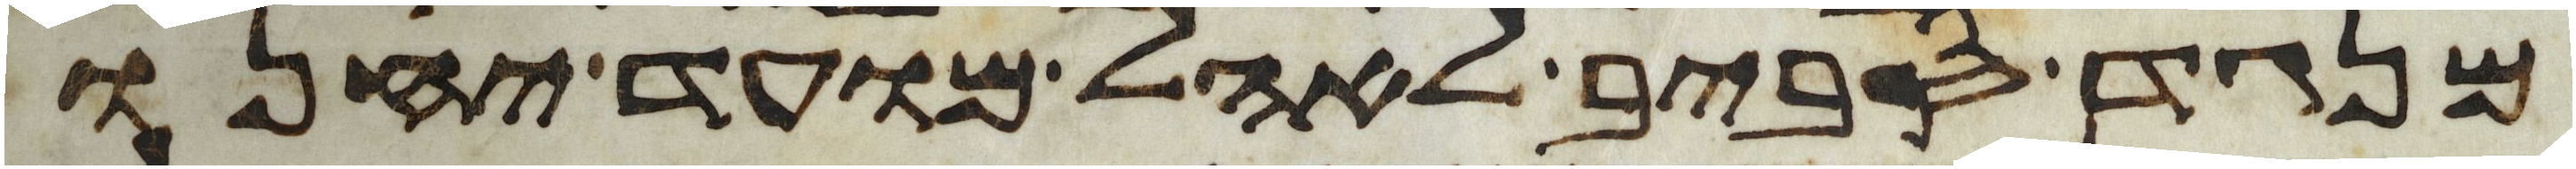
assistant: מנגד סביב לאהל מועד יחנו